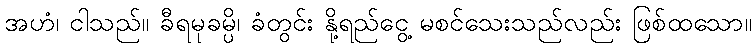
အဟံ၊ ငါသည်။ ခီရမုခမ္ပိ၊ ခံတွင်း နို့ရည်ငွေ့ မစင်သေးသည်လည်း ဖြစ်ထသော။